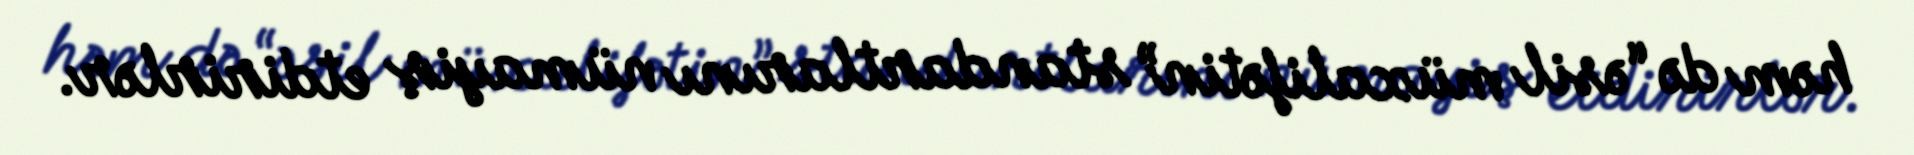
həm də “əsil müxalifətin” standartlarını nümayiş etdirirlər.